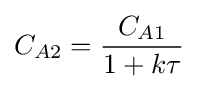
C_{A2}={\frac {C_{A1}}{1+k\tau }}